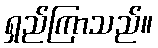
ရှည်ကြာသည်။